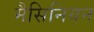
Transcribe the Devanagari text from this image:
मैसिनियन